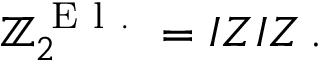
\mathbb { Z } _ { 2 } ^ { \mathrm { ~ E ~ l ~ . ~ } } = I Z I Z \, .